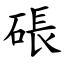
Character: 䂻